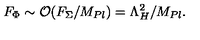
F _ { \Phi } \sim { \cal O } ( F _ { \Sigma } / M _ { P l } ) = \Lambda _ { H } ^ { 2 } / M _ { P l } .